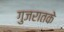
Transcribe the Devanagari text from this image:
गुजरातके